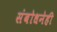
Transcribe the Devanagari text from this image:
संबोधनेही